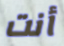
أنت